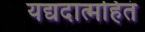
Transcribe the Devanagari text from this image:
यद्यदात्महितं